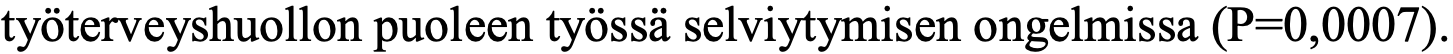
työterveyshuollon puoleen työssä selviytymisen ongelmissa (P=0,0007).